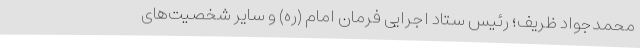
محمدجواد ظریف؛ رئیس ستاد اجرایی فرمان امام (ره) و سایر شخصیت‌های